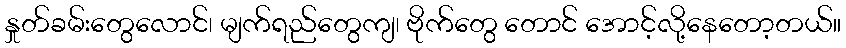
နှုတ်ခမ်းတွေလောင်၊ မျက်ရည်တွေကျ၊ ဗိုက်တွေ တောင် အောင့်လို့နေတော့တယ်။